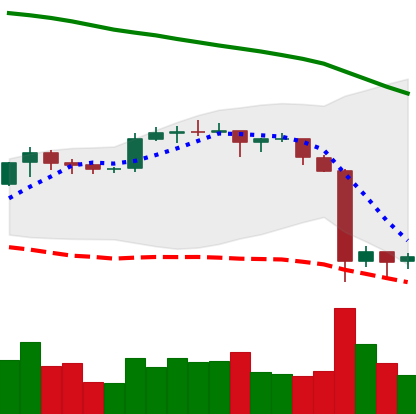
Ticker: EOS-USD
Chart end date: 2019-09-27
Forward return: 5.484%
Label: up_5_7